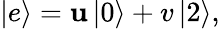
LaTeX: \left|e\right>=\mathbf{u}\left|0\right>+v\left|2\right>,